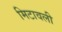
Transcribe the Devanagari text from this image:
मिटावली